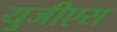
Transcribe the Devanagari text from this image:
युजीएस